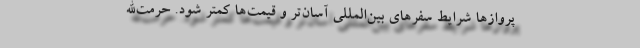
پروازها شرایط سفرهای بین‌المللی آسان‌تر و قیمت‌ها کمتر شود. حرمت‌الله